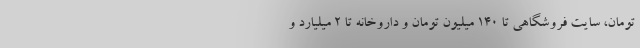
تومان، سایت فروشگاهی تا ۱۴۰ میلیون تومان و داروخانه تا ۲ میلیارد و